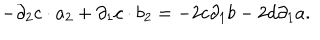
LaTeX: - { \partial } _ { 2 } c \cdot a _ { 2 } + { \partial } _ { 1 } c \cdot b _ { 2 } = - 2 c { \partial } _ { 1 } b - 2 d { \partial } _ { 1 } a .